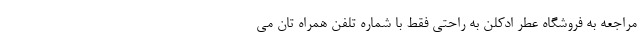
مراجعه به فروشگاه عطر ادکلن به راحتی فقط با شماره تلفن همراه تان می